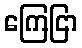
ကြေငြာ